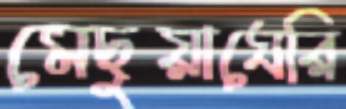
মেছুয়াঘেরি